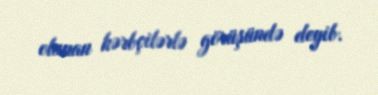
olunan hərbçilərlə görüşündə deyib.